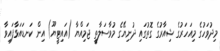
މިދުވަހުގެ މިއަހަރުގެ ޝިއާރުގެ ގޮތުގައި ދުނިޔޭގެ މުވާސަލާތީ ޖަމިއްޔާ (އައިޓީޔޫ) އިން ކަނޑައަޅާފައިވާ